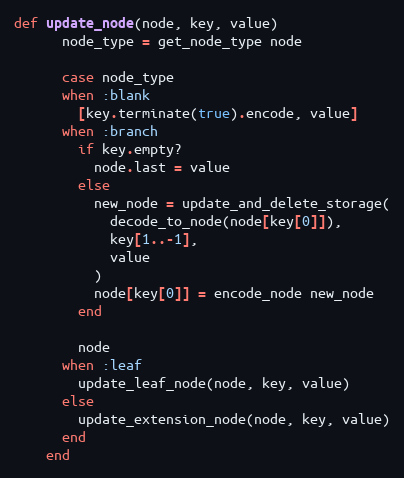
Language: Ruby
def update_node(node, key, value)
      node_type = get_node_type node

      case node_type
      when :blank
        [key.terminate(true).encode, value]
      when :branch
        if key.empty?
          node.last = value
        else
          new_node = update_and_delete_storage(
            decode_to_node(node[key[0]]),
            key[1..-1],
            value
          )
          node[key[0]] = encode_node new_node
        end

        node
      when :leaf
        update_leaf_node(node, key, value)
      else
        update_extension_node(node, key, value)
      end
    end